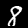
Label: 8